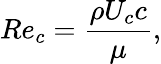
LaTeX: Re_{c}=\frac{\rho U_{c}c}{\mu},